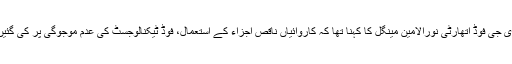
ڈی جی فوڈ اتھارٹی نورالامین مینگل کا کہنا تھا کہ کاروائیاں ناقص اجزاء کے استعمال، فوڈ ٹیکنالوجسٹ کی عدم موجوگی پر کی گئیں۔